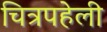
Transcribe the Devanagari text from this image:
चित्रपहेली